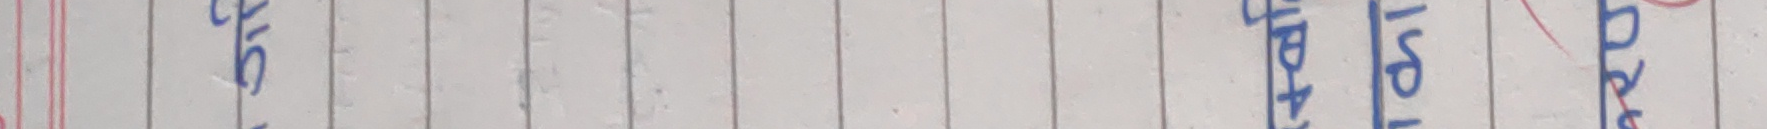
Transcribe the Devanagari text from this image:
ग्रीज यस्तै कुरा